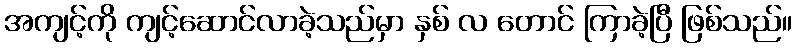
အကျင့်ကို ကျင့်ဆောင်လာခဲ့သည်မှာ နှစ် လ တောင် ကြာခဲ့ပြီ ဖြစ်သည်။